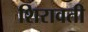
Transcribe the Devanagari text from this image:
शिरावती